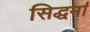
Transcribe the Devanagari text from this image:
सिद्धर्मा